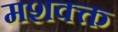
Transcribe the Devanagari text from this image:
मशक्क्त